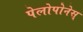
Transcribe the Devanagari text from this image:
पेलोपोनेस्